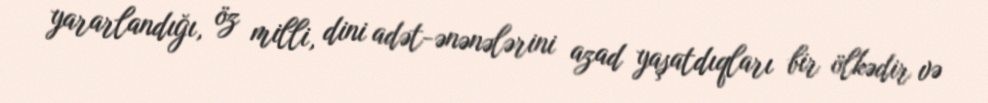
yararlandığı, öz milli, dini adət-ənənələrini azad yaşatdıqları bir ölkədir və